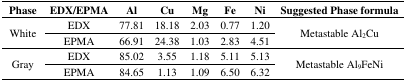
<table><thead><tr><td><b>Phase</b></td><td><b>EDX/EPMA</b></td><td><b>Al</b></td><td><b>Cu</b></td><td><b>Mg</b></td><td><b>Fe</b></td><td><b>Ni</b></td><td><b>Suggested Phase formula</b></td></tr></thead><tbody><tr><td rowspan="2">White</td><td>EDX</td><td>77.81</td><td>18.18</td><td>2.03</td><td>0.77</td><td>1.20</td><td rowspan="2">Metastable Al<sub>2</sub>Cu</td></tr><tr><td>EPMA</td><td>66.91</td><td>24.38</td><td>1.03</td><td>2.83</td><td>4.51</td></tr><tr><td rowspan="2">Gray</td><td>EDX</td><td>85.02</td><td>3.55</td><td>1.18</td><td>5.11</td><td>5.13</td><td rowspan="2">Metastable Al<sub>9</sub>FeNi</td></tr><tr><td>EPMA</td><td>84.65</td><td>1.13</td><td>1.09</td><td>6.50</td><td>6.32</td></tr></tbody></table>